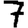
Digit: 7